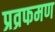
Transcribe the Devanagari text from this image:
प्रव्रफमण